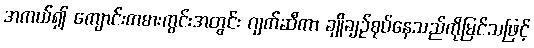
အကယ်၍ ကျောင်းကစားကွင်းအတွင်း ဂျက်ဆီကာ ချိုချဉ်စုပ်နေသည်ကိုမြင်သဖြင့်